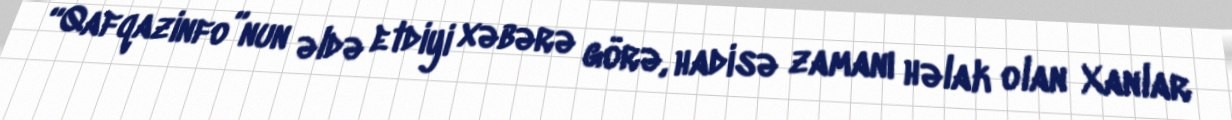
“Qafqazinfo”nun əldə etdiyi xəbərə görə, hadisə zamanı həlak olan Xanlar